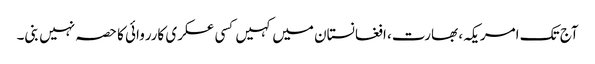
آج تک امریکہ، بھارت، افغانستان میں کہیں کسی عسکری کارروائی کا حصہ نہیں بنی۔